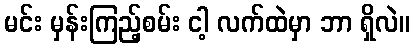
မင်း မှန်းကြည့်စမ်း ငါ့ လက်ထဲမှာ ဘာ ရှိလဲ။